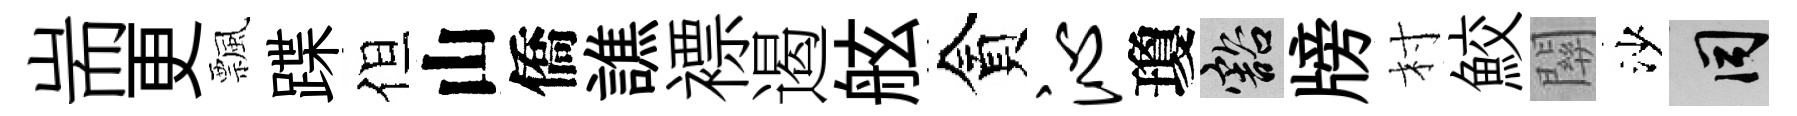
耑更飄蹀但山僑譙褾遏舷貪沁瓊豁牓村鮫關沙间